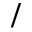
/